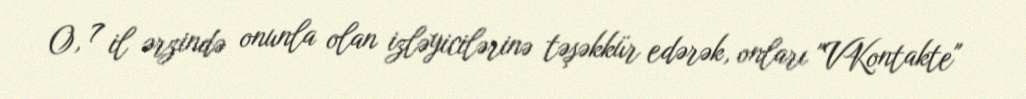
O, 7 il ərzində onunla olan izləyicilərinə təşəkkür edərək, onları "VKontakte"